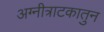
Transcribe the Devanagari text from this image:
अग्नीत्राटकातुन